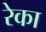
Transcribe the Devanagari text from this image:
रेका